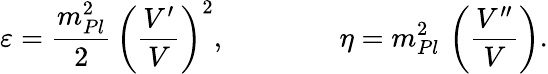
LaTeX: \varepsilon={\frac{m_{Pl}^{2}}{2}}\, \left({\frac{V^{\prime}}{V}}\right)^{2},\qquad\qquad\eta=m_{Pl}^{2}\, \left({\frac{V^{\prime\prime}}{V}}\right).